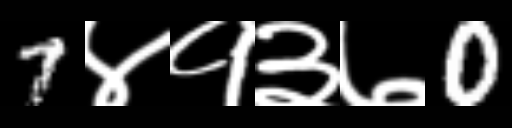
Text: 7४१३७0